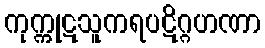
ကုက္ကုဋသူကရပဋိဂ္ဂဟဏာ